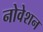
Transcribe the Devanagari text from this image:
नोवेशन